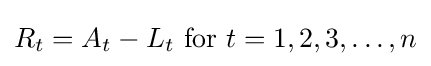
R_{t}=A_{t}-L_{t}{\text{ for }}t=1,2,3,\ldots ,n